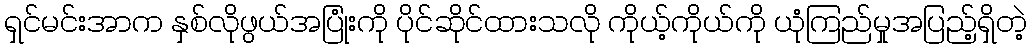
ရှင်မင်းအာက နှစ်လိုဖွယ်အပြုံးကို ပိုင်ဆိုင်ထားသလို ကိုယ့်ကိုယ်ကို ယုံကြည်မှုအပြည့်ရှိတဲ့